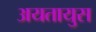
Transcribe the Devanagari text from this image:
अयतायुस